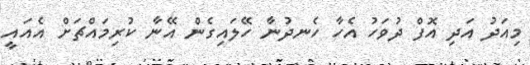
މިއަދު އަދި އޮފް ދުވަހު އެހާ ހެނދުނާ ހޭލައިގެން އޭނާ ކުރިމައްޗަށް އެއައީ